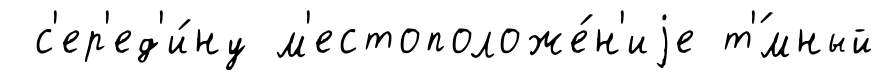
с'ер'ед'и́ну м'естоположе́н'иjе т'́мный